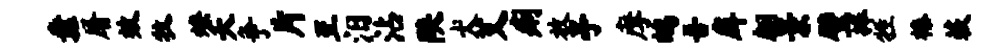
纛屠效牧燎夭争片至汨沾陕犬艾痢放亭摩鸪吾戽翩景璧捧牲榛蔌